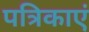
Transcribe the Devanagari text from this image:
पत्रिकाएं